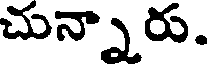
చున్నారు.